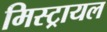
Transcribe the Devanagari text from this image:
मिस्ट्रायल